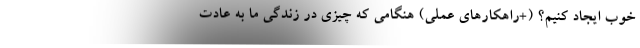
خوب ایجاد کنیم؟ (+راهکارهای عملی) هنگامی که چیزی در زندگی ما به عادت